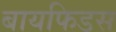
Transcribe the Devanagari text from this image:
बायफिडस